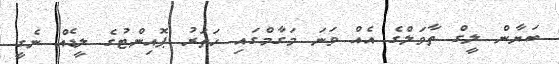
ބަޔާން ލީގް ތާވަލްގެ އެއް ވަނަ މަގާމްގައި ހަތަރު ޕޮއިންޓުގެ ލީޑެއް ނެގީ